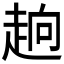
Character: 𮚹